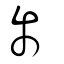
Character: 爯